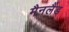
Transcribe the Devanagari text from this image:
मैनलैंड